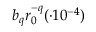
b _ { q } r _ { 0 } ^ { - q } ( \cdot 1 0 ^ { - 4 } )